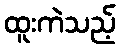
ထူးကဲသည့်